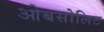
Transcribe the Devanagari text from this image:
ओबसोलिट